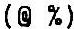
(@ %)